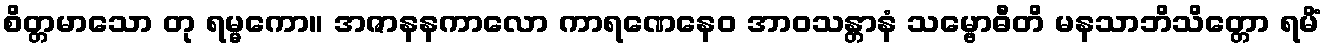
စိတ္တမာသော တု ရမ္မကော။ အဇာနနကာလော ကာရဏေနေဝ အာဝသန္တာနံ သမ္ဗောဓီတိ မနသာဘိသိတ္တော ရမိံ